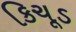
કિચૂડ